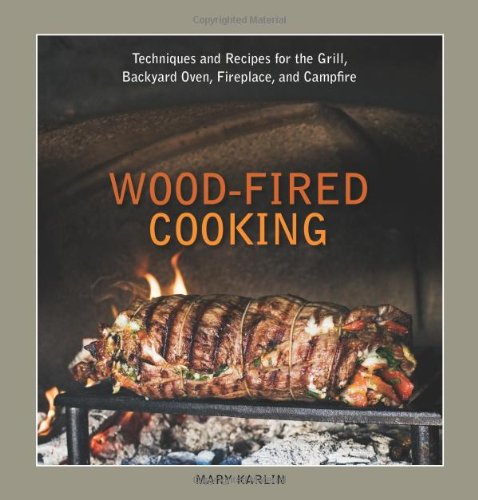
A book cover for Wood-Fired Cooking: Techniques and Recipes for the Grill, Backyard Oven, Fireplace, and Campfire; Mary Karlin; Cookbooks, Food & Wine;